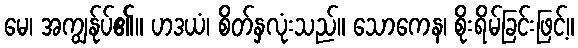
မေ၊ အကျွန်ုပ်၏။ ဟဒယံ၊ စိတ်နှလုံးသည်။ သောကေန၊ စိုးရိမ်ခြင်းဖြင့်။